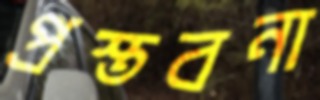
প্রস্তবনা